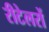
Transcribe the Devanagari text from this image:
रीटेलरों